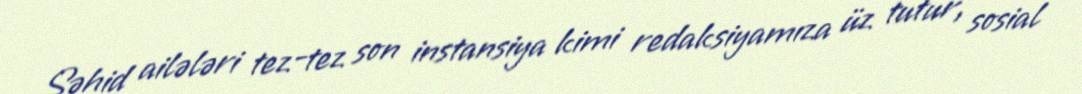
Şəhid ailələri tez-tez son instansiya kimi redaksiyamıza üz tutur, sosial